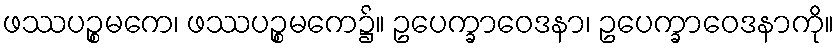
ဖဿပဉ္စမကေ၊ ဖဿပဉ္စမကေ၌။ ဥပေက္ခာဝေဒနာ၊ ဥပေက္ခာဝေဒနာကို။